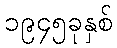
၁၉၄၅ခုနှစ်